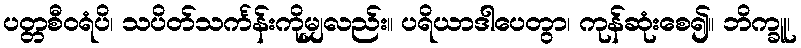
ပတ္တစီဝရံပိ၊ သပိတ်သင်္ကန်းကိုမျှလည်း။ ပရိယာဒါပေတွာ၊ ကုန်ဆုံးစေ၍။ ဘိက္ခူ၊